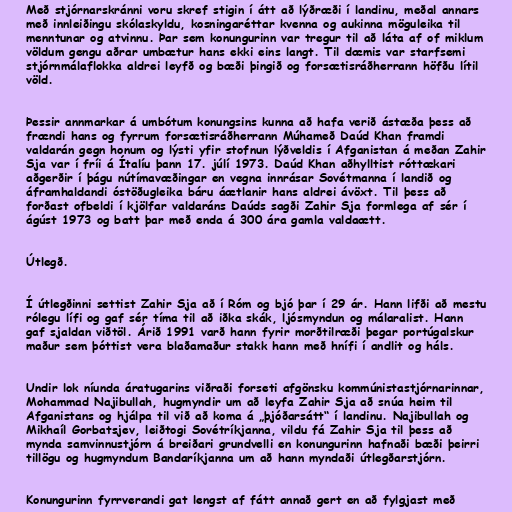
Með stjórnarskránni voru skref stigin í átt að lýðræði í landinu, meðal annars
með innleiðingu skólaskyldu, kosningaréttar kvenna og aukinna möguleika til
menntunar og atvinnu. Þar sem konungurinn var tregur til að láta af of miklum
völdum gengu aðrar umbætur hans ekki eins langt. Til dæmis var starfsemi
stjórnmálaflokka aldrei leyfð og bæði þingið og forsætisráðherrann höfðu lítil
völd.

Þessir annmarkar á umbótum konungsins kunna að hafa verið ástæða þess að
frændi hans og fyrrum forsætisráðherrann Múhameð Daúd Khan framdi
valdarán gegn honum og lýsti yfir stofnun lýðveldis í Afganistan á meðan Zahir
Sja var í fríi á Ítalíu þann 17. júlí 1973. Daúd Khan aðhylltist róttækari
aðgerðir í þágu nútímavæðingar en vegna innrásar Sovétmanna í landið og
áframhaldandi óstöðugleika báru áætlanir hans aldrei ávöxt. Til þess að
forðast ofbeldi í kjölfar valdaráns Daúds sagði Zahir Sja formlega af sér í
ágúst 1973 og batt þar með enda á 300 ára gamla valdaætt.

Útlegð.

Í útlegðinni settist Zahir Sja að í Róm og bjó þar í 29 ár. Hann lifði að mestu
rólegu lífi og gaf sér tíma til að iðka skák, ljósmyndun og málaralist. Hann
gaf sjaldan viðtöl. Árið 1991 varð hann fyrir morðtilræði þegar portúgalskur
maður sem þóttist vera blaðamaður stakk hann með hnífi í andlit og háls.

Undir lok níunda áratugarins viðraði forseti afgönsku kommúnistastjórnarinnar,
Mohammad Najibullah, hugmyndir um að leyfa Zahir Sja að snúa heim til
Afganistans og hjálpa til við að koma á „þjóðarsátt“ í landinu. Najibullah og
Mikhaíl Gorbatsjev, leiðtogi Sovétríkjanna, vildu fá Zahir Sja til þess að
mynda samvinnustjórn á breiðari grundvelli en konungurinn hafnaði bæði þeirri
tillögu og hugmyndum Bandaríkjanna um að hann myndaði útlegðarstjórn.

Konungurinn fyrrverandi gat lengst af fátt annað gert en að fylgjast með